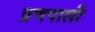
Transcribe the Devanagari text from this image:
प्रणपाली